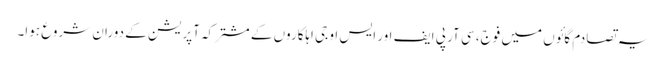
یہ تصادم گائوں میں فوج، سی آر پی ایف اور ایس او جی اہلکاروں کے مشترکہ آپریشن کے دوران شروع ہوا۔